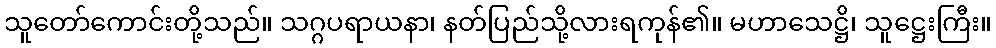
သူတော်ကောင်းတို့သည်။ သဂ္ဂပရာယနာ၊ နတ်ပြည်သို့လားရကုန်၏။ မဟာသေဋ္ဌိ၊ သူဋ္ဌေးကြီး။